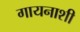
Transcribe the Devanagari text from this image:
गायनाशी